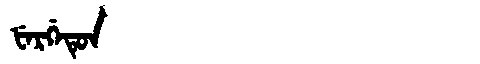
Manchu: ᡶᡝᡵᡤᡝᡨᡠᠨ
Romanization: FERGETUN